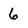
Character: 6